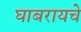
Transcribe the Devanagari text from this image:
घाबरायचे